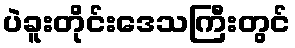
ပဲခူးတိုင်းဒေသကြီးတွင်